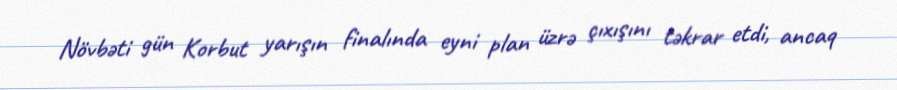
Növbəti gün Korbut yarışın finalında eyni plan üzrə çıxışını təkrar etdi, ancaq